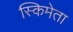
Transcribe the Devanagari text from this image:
स्किमेता